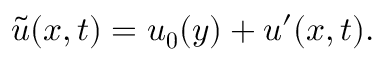
\boldsymbol { \Tilde { u } } ( \boldsymbol { x } , t ) = \boldsymbol { u _ { 0 } } ( y ) + \boldsymbol { u } ^ { \prime } ( \boldsymbol { x } , t ) .